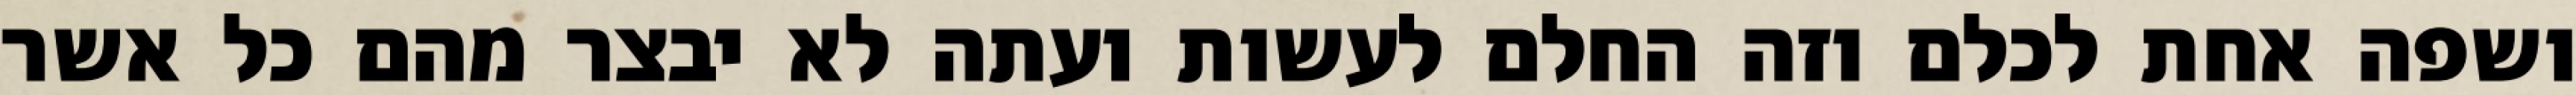
ושפה אחת לכלם וזה החלם לעשות ועתה לא יבצר מהם כל אשר